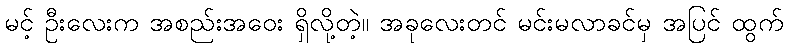
မင့် ဦးလေးက အစည်းအဝေး ရှိလို့တဲ့။ အခုလေးတင် မင်းမလာခင်မှ အပြင် ထွက်